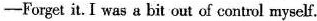
-Forget it. I was a bit out of control myself.